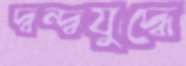
দ্বন্দ্বযুদ্ধে